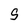
Character: 9